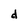
Character: d